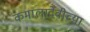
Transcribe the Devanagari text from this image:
कमालादेवीच्या